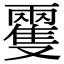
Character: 𩀝